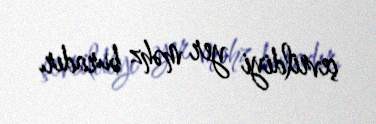
çevrildiyi yer məhz buradır.